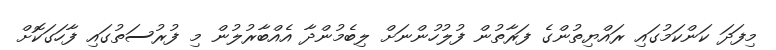
މިފަދަ ކަންކަމުގައި ރައްޔިތުންގެ ފަރާތުން ފުލުހުންނަށް ލިބެމުންދާ އެއްބާރުލުން މި ފުރުސަތުގައި ފާހަގަކޮށް